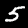
Digit: 5